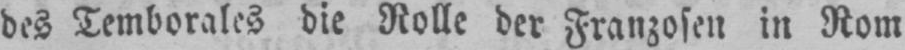
des Temborales die Rolle der Franzosen in Rom